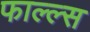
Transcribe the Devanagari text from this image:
फाल्ल्स